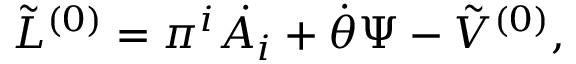
{ \tilde { \cal L } } ^ { ( 0 ) } = \pi ^ { i } \dot { A _ { i } } + \dot { \theta } \Psi - { \tilde { V } } ^ { ( 0 ) } ,